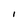
Character: I